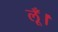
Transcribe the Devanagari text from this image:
लूँ।